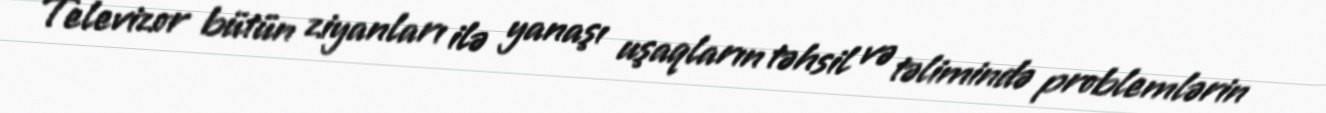
Televizor bütün ziyanları ilə yanaşı uşaqların təhsil və təlimində problemlərin